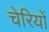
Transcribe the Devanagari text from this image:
चेरियों